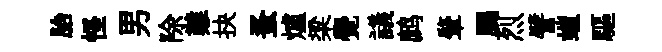
胎怪男除難抉蚤爐梁覺議鹧肇颸烈譬螘驅